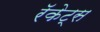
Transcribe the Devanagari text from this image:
रॅकेट्स